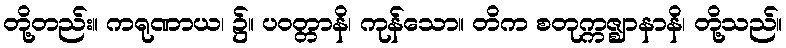
တို့တည်း။ ကရုဏာယ၊ ၌။ ပဝတ္တာနိ၊ ကုန်သော။ တိက စတုက္ကဇ္ဈာနာနိ၊ တို့သည်။